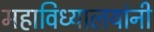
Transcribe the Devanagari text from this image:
महाविध्यालयांनी